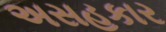
અસહકાર